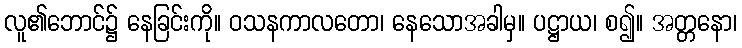
လူ၏ဘောင်၌ နေခြင်းကို။ ဝသနကာလတော၊ နေသောအခါမှ။ ပဋ္ဌာယ၊ စ၍။ အတ္တနော၊